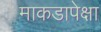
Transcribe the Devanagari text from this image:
माकडापेक्षा